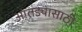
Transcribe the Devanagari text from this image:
आंतड्यासाठी